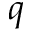
q